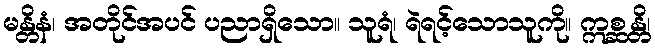
မန္တိနံ၊ အတိုင်အပင် ပညာရှိသော။ သူရံ၊ ရဲရင့်သောသူကို။ ဣစ္ဆန္တိ၊